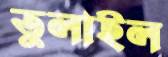
তুলাইল